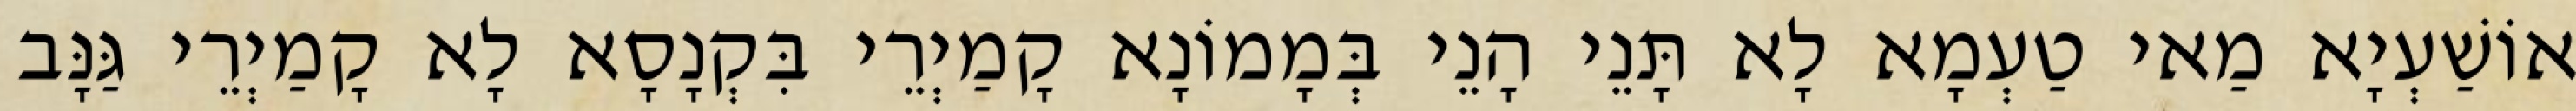
אוֹשַׁעְיָא מַאי טַעְמָא לָא תָּנֵי הָנֵי בְּמָמוֹנָא קָמַיְרֵי בִּקְנָסָא לָא קָמַיְרֵי גַּנָּב